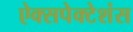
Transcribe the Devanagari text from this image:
ऐक्सपेक्टेशंस